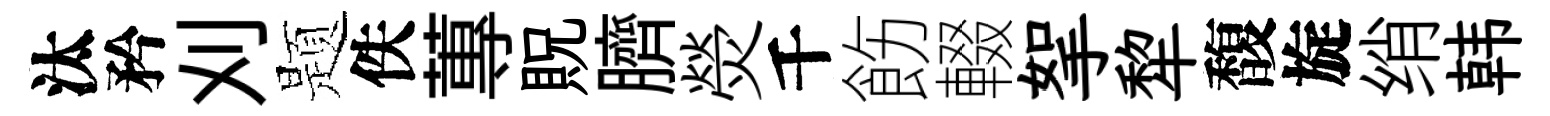
汰矜刈题佚蓴貺臍熒千飭輟挐犂馥旋绡韩